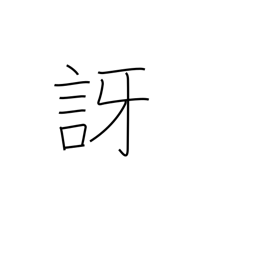
Meaning: doubt